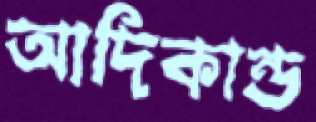
আদিকান্ড